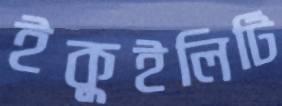
ইকুইলিটি